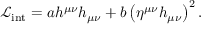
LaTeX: { \mathcal { L } } _ { \mathrm { i n t } } = a h ^ { \mu \nu } h _ { \mu \nu } + b \left( \eta ^ { \mu \nu } h _ { \mu \nu } \right) ^ { 2 } .